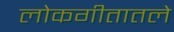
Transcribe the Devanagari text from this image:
लोकगीतातले